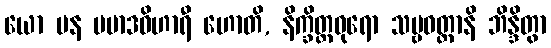
ယော ပန ပမာဒဝိဟာရီ ဟောတိ, နိက္ခိတ္တဓုရော သဗ္ဗဝတ္တာနိ ဘိန္ဒိတွာ